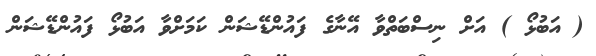
( އަބުޅޯ ) އަށް ނިސްބަތްވާ އޭނާގެ ފައުންޑޭޝަން ކަމަށްވާ އަބުޅޯ ފައުންޑޭޝަން